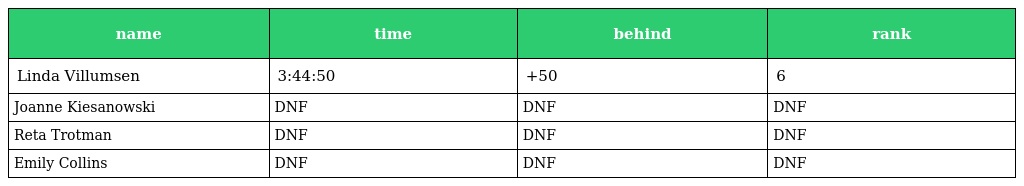
| name | time | behind | rank |
 | --- | --- | --- | --- |
 | Linda Villumsen | 3:44:50 | +50 | 6 |
 | Joanne Kiesanowski | DNF | DNF | DNF |
 | Reta Trotman | DNF | DNF | DNF |
 | Emily Collins | DNF | DNF | DNF |